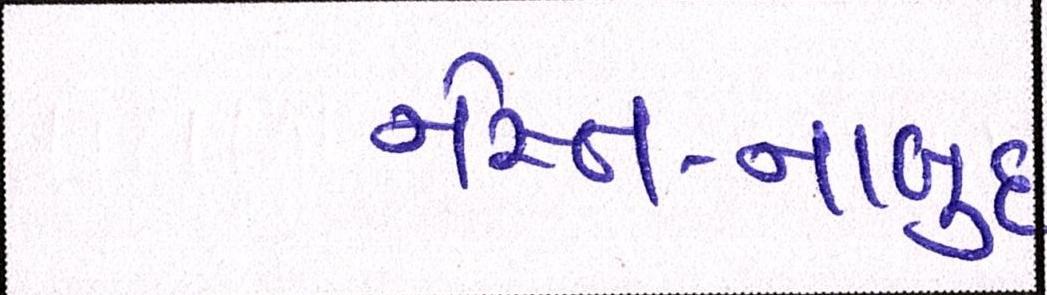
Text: નેસ્ત-નાબુદ